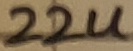
Text: 22u